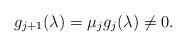
LaTeX: \begin{align*} g_{j+1}(\lambda) = { \mu_j} g_j(\lambda) \neq 0.\end{align*}